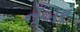
નઁબર